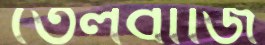
তেলবাজি